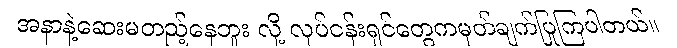
အနာနဲ့ဆေးမတည့်နေဘူး လို့ လုပ်ငန်းရှင်တွေကမှတ်ချက်ပြုကြပါတယ်။